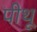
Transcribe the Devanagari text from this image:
पीथू